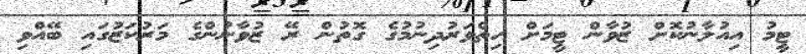
ޓީމު އިއުލާނުކޮށް ޒުވާން ޓީމަށް ހިތްވަރުދިނުމުގެ ގޮތުން ރޭ ޒުވާނުންގެ މަރުކަޒުގައި ބޭއްވި